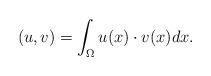
LaTeX: \begin{align*} (u,v)=\int_{\Omega}u(x) \cdot v(x) dx.\end{align*}